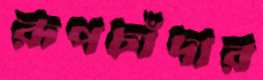
রূপচাঁদার